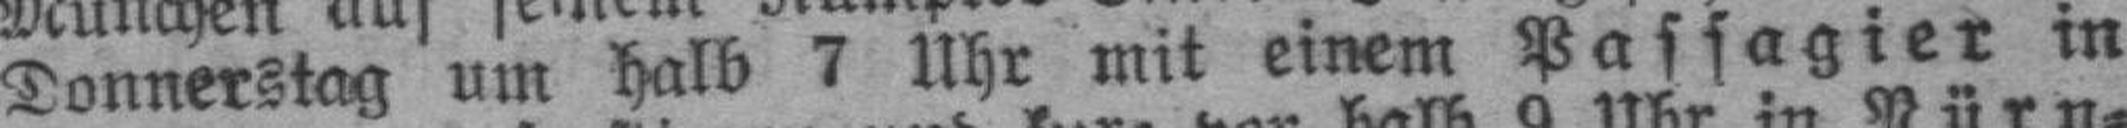
Donnerstag um halb 7 Uhr mit einem Passagier in